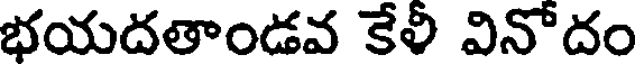
భయదతాండవ కేళి వినోదం